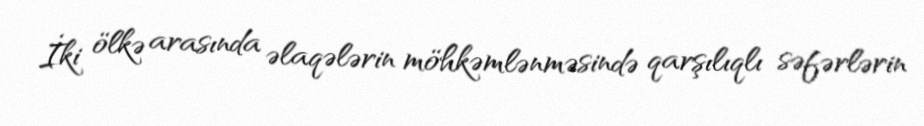
İki ölkə arasında əlaqələrin möhkəmlənməsində qarşılıqlı səfərlərin